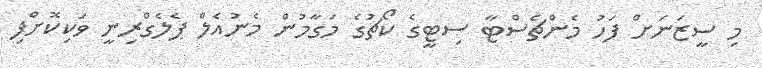
މި ސީޒަނަށް ފަހު މެންޗެސްޓާ ސިޓީގެ ކޯޗުގެ މަގާމުން މެނުއެލް ޕެލެގްރިނީ ވަކިކޮށްފި